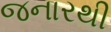
જનારથી